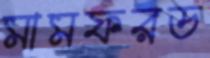
মামফরড